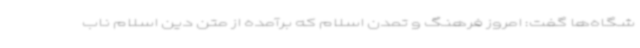
شگاه‌ها گفت: امروز فرهنگ و تمدن اسلام که برآمده از متن دین اسلام ناب